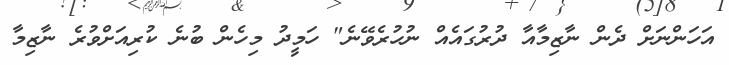
އަހަންނަށް ދެން ނާޒިމާއާ ދުރުގައެއް ނުހުރެވޭނެ" ހަމީދު މިހެން ބުނެ ކުރިއަށްވުރެ ނާޒިމާ